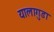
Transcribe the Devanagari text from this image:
यालागुडा